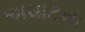
અઘાટના